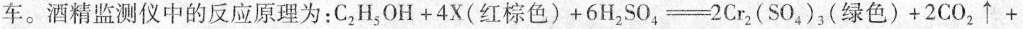
车。酒精监测仪中的反应原理为：$$C_{ 2 | H_{ 5 | O H + 4 X ( 红棕色 ) + 6 H _{ 2 | S O_{ 4 | \xlongequal 2 C r_{ 2 | ( S O_{ 4 |)_{ 3 | ( 绿色 ) + 2 C O_{ 2 | \uparrow + $$